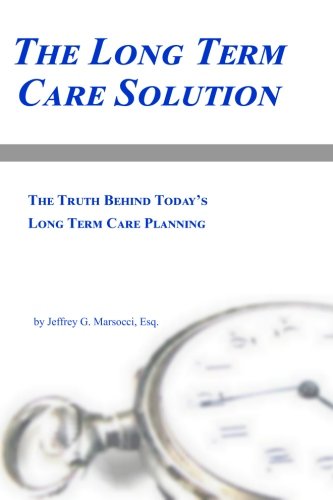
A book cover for The Long Term Care Solution: The Truth Behind Today's Long Term Care Planning; Jeffrey G. Marsocci Esq.; Law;